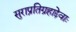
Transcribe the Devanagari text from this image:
सुराप्रतिग्रहाद्देवाः